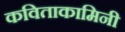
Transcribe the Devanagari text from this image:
कविताकामिनी